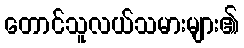
တောင်သူလယ်သမားများ၏